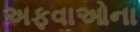
અફવાઓના